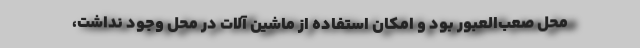
محل صعب‌العبور بود و امکان استفاده از ماشین آلات در محل وجود نداشت،